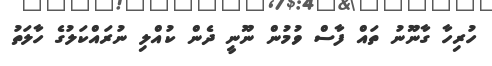
ހުރިހާ ގާނޫނު ތައް ފާސް ވުމުން ނޫނީ ދެން ކުއްލި ނުރައްކަލުގެ ހާލަތު